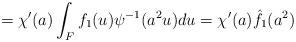
LaTeX: \begin{align*}=\chi'(a)\int_F f_1(u)\psi^{-1}(a^2u)du=\chi'(a)\hat{f}_1(a^2)\end{align*}